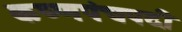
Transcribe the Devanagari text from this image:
कष्णपंचपदी